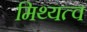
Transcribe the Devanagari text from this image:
मिथ्यत्व